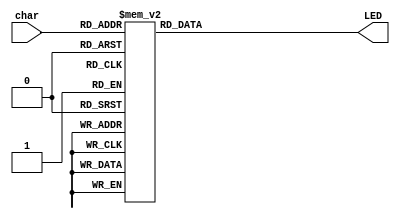
module LEDdecoder(char, LED);
	input [3:0] char;
	output [6:0] LED;
	wire [3:0] char;
	reg [6:0] LED;
	
	always@(char)
		//this decodes the character we take as input and gives us the LED schematic
		case (char)
			4'b0000 : LED = 7'b0000001;
			4'b0001 : LED = 7'b1001111;
			4'b0010 : LED = 7'b0010010;
			4'b0011 : LED = 7'b0000110;
			4'b0100 : LED = 7'b1001100;
			4'b0101 : LED = 7'b0100100;
			4'b0110 : LED = 7'b0100000;
			4'b0111 : LED = 7'b0001111;
			4'b1000 : LED = 7'b0000000;
			4'b1001 : LED = 7'b0001100;
			4'b1010 : LED = 7'b0001000;
			4'b1011 : LED = 7'b1100000;
			4'b1100 : LED = 7'b0110001;
			4'b1101 : LED = 7'b1000010;
			4'b1110 : LED = 7'b0110000;
			4'b1111 : LED = 7'b0111000;
			default 	 :	LED = 7'bx;//if our input doesnt match we return x
		endcase


endmodule